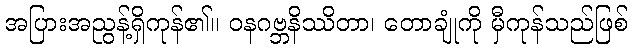
အပြားအညွန့်ရှိကုန်၏။ ဝနဂဗ္ဘနိဿိတာ၊ တောချုံကို မှီကုန်သည်ဖြစ်